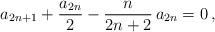
LaTeX: \begin{align*}a_{2n+1}+\frac{a_{2n}}{2}-\frac{n}{2n+2}\,a_{2n}=0\,,\end{align*}